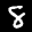
Label: 8